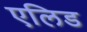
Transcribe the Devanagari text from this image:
एलिड